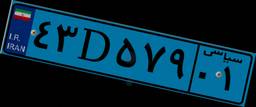
۴۳D۵۷۹۰۱